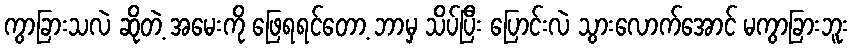
ကွာခြားသလဲ ဆိုတဲ့ အမေးကို ဖြေရရင်တော့ ဘာမှ သိပ်ပြီး ပြောင်းလဲ သွားလောက်အောင် မကွာခြားဘူး